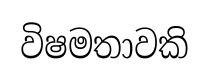
විෂමතාවකි